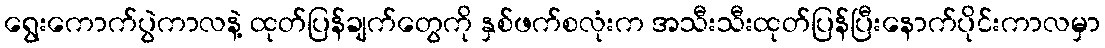
ရွေးကောက်ပွဲကာလနဲ့ ထုတ်ပြန်ချက်တွေကို နှစ်ဖက်စလုံးက အသီးသီးထုတ်ပြန်ပြီးနောက်ပိုင်းကာလမှာ